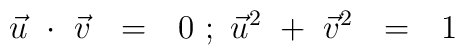
\vec{u}\ \cdot\ \vec{v}\ \ =\ \ 0\ ;\ \vec{u}^2\ +\ \vec{v}^2\ \ =\ \ 1\